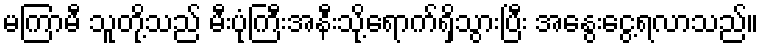
မကြာမီ သူတို့သည် မီးပုံကြီးအနီးသို့ရောက်ရှိသွားပြီး အနွေးငွေ့ရလာသည်။